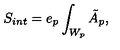
S _ { i n t } = e _ { p } \int _ { W _ { p } } \tilde { A } _ { p } ,